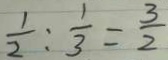
\frac { 1 } { 2 } : \frac { 1 } { 3 } = \frac { 3 } { 2 }